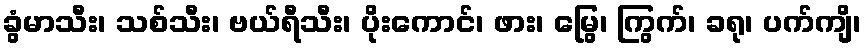
ခွံမာသီး၊ သစ်သီး၊ ဗယ်ရီသီး၊ ပိုးကောင်၊ ဖား၊ မြွေ၊ ကြွက်၊ ခရု၊ ပက်ကျိ၊